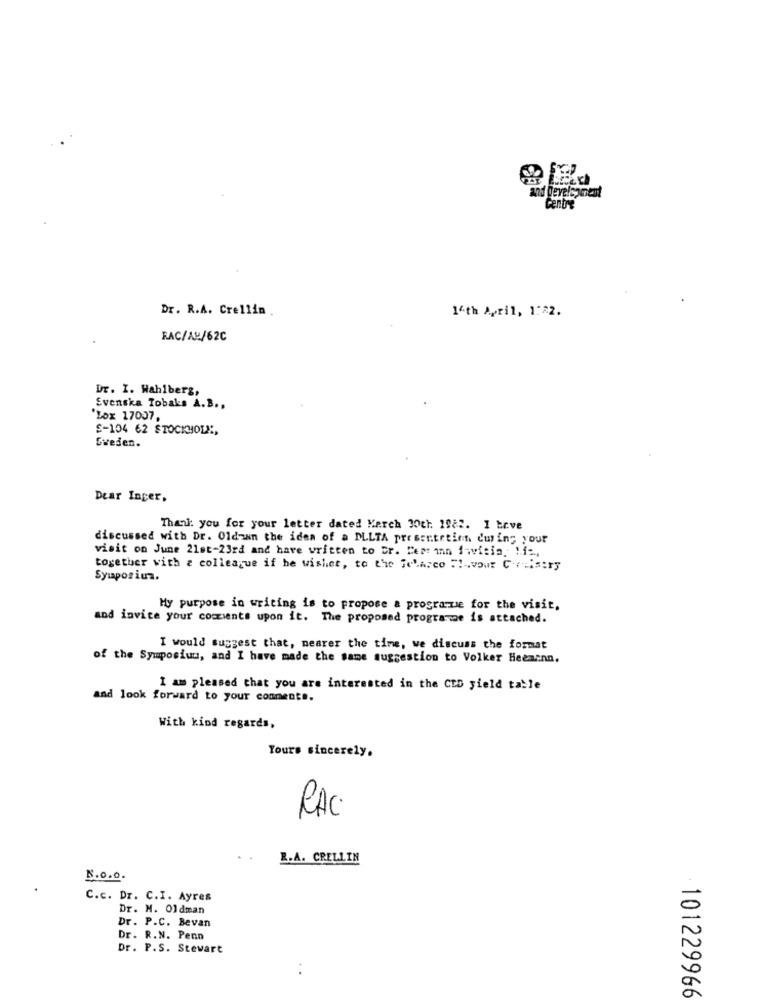
and development
Centre
Dr. R.A. Crellin
14th April, 1:22.
RAC/AU/62C
Dr. I. Wahlberg,
Svenska Tobaks A.B .,
'Lox 17007
£-104 62 STOCKHOL :,
Sweden.
Dear Inger,
Thank you for your letter dated March 30th. 1982. I Love
discussed with Dr. Oldzan the idea of a DLLTA presentrtinn during your
visit on June 21st-23rd and have written to br. Hear inn favisia, 1is,
together with a colleague if he wishet, to the febarco F !- vour Creisery
Symposium.
My purpose in writing is to propose a programue for the visit,
and invite your comments upon it. The proposed programme is attached.
I would suggest that, nearer the time, we discuss the format
of the Symposium, and I have made the same suggestion to Volker Heemann.
I am pleased that you are interested in the CID yield table
and look forward to your comments.
With kind regards,
Yours sincerely.
RAC.
.
R.A. CRELLIN
N.O.o.
C.c. Dr. C.I. Ayres
Dr. M. Oldman
Dr. P.C. Bevan
Dr. R.N. Penn
Dr. P.S. Stewart
101229966